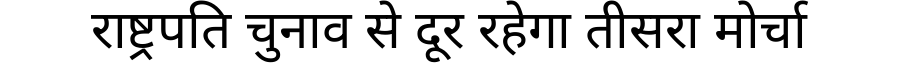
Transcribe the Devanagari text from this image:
राष्ट्रपति चुनाव से दूर रहेगा तीसरा मोर्चा